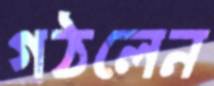
গঠলেন